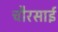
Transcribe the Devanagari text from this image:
चौरसाई